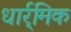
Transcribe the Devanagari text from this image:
धार्र्मिक